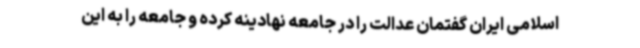
اسلامی ایران گفتمان عدالت را در جامعه نهادینه کرده و جامعه را به این